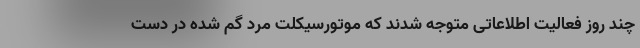
چند روز فعالیت اطلاعاتی متوجه شدند که موتورسیکلت مرد گم شده در دست